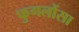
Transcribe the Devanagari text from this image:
फुगलोंसा